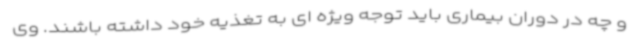
و چه در دوران بیماری باید توجه ویژه ای به تغذیه خود داشته باشند. وی